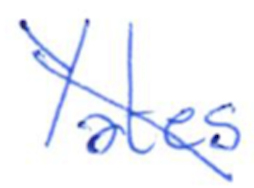
Text: Yates
Cross-out: diagonal
Writing tool: ballpoint